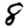
Digit: 8